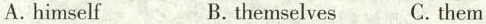
A.himself B. themselves C.them